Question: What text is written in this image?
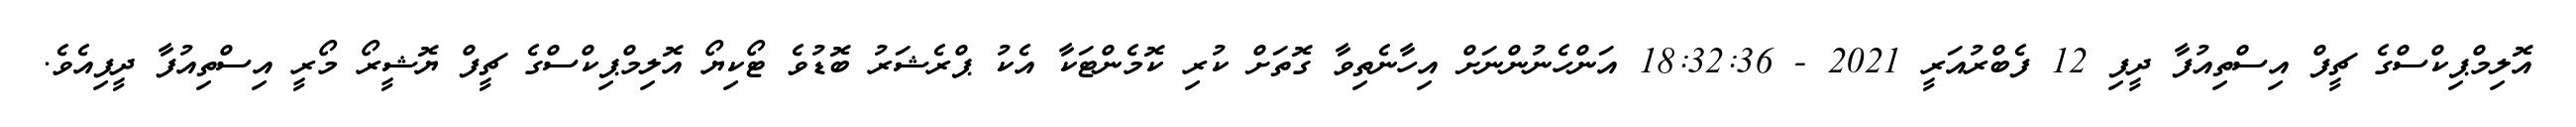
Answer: އޮލިމްޕިކްސްގެ ޗީފް އިސްތިއުފާ ދީފި 12 ފެބްރުއަރީ 2021 - 18:32:36 އަންހެނުންނަށް އިހާނެތިވާ ގޮތަށް ކުރި ކޮމެންޓަކާ އެކު ޕްރެޝަރު ބޮޑުވެ ޓޯކިޔޯ އޮލިމްޕިކްސްގެ ޗީފް ޔޮޝީރޯ މޯރީ އިސްތިއުފާ ދީފިއެވެ.